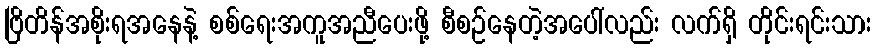
ဗြိတိန်အစိုးရအနေနဲ့ စစ်ရေးအကူအညီပေးဖို့ စီစဉ်နေတဲ့အပေါ်လည်း လက်ရှိ တိုင်းရင်းသား